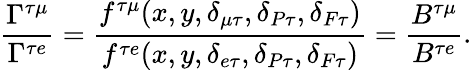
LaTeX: \frac{\Gamma^{\tau\mu}}{\Gamma^{\tau e}}=\frac{f^{\tau\mu}(x,y,\delta_{\mu\tau},\delta_{P\tau},\delta_{F\tau})}{f^{\tau e}(x,y,\delta_{e\tau},\delta_{P\tau},\delta_{F\tau})}=\frac{B^{\tau\mu}}{B^{\tau e}}.